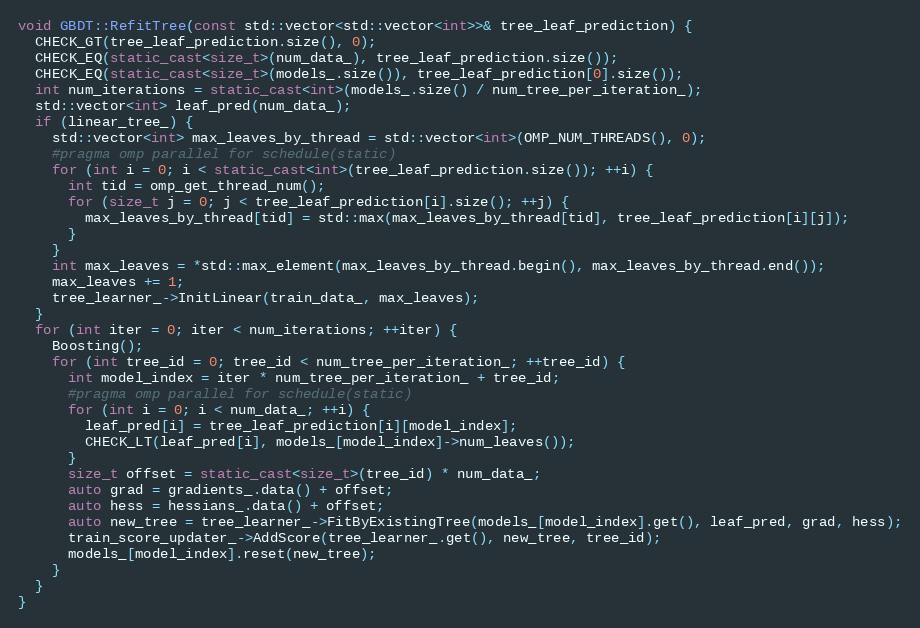
Language: C++
void GBDT::RefitTree(const std::vector<std::vector<int>>& tree_leaf_prediction) {
  CHECK_GT(tree_leaf_prediction.size(), 0);
  CHECK_EQ(static_cast<size_t>(num_data_), tree_leaf_prediction.size());
  CHECK_EQ(static_cast<size_t>(models_.size()), tree_leaf_prediction[0].size());
  int num_iterations = static_cast<int>(models_.size() / num_tree_per_iteration_);
  std::vector<int> leaf_pred(num_data_);
  if (linear_tree_) {
    std::vector<int> max_leaves_by_thread = std::vector<int>(OMP_NUM_THREADS(), 0);
    #pragma omp parallel for schedule(static)
    for (int i = 0; i < static_cast<int>(tree_leaf_prediction.size()); ++i) {
      int tid = omp_get_thread_num();
      for (size_t j = 0; j < tree_leaf_prediction[i].size(); ++j) {
        max_leaves_by_thread[tid] = std::max(max_leaves_by_thread[tid], tree_leaf_prediction[i][j]);
      }
    }
    int max_leaves = *std::max_element(max_leaves_by_thread.begin(), max_leaves_by_thread.end());
    max_leaves += 1;
    tree_learner_->InitLinear(train_data_, max_leaves);
  }
  for (int iter = 0; iter < num_iterations; ++iter) {
    Boosting();
    for (int tree_id = 0; tree_id < num_tree_per_iteration_; ++tree_id) {
      int model_index = iter * num_tree_per_iteration_ + tree_id;
      #pragma omp parallel for schedule(static)
      for (int i = 0; i < num_data_; ++i) {
        leaf_pred[i] = tree_leaf_prediction[i][model_index];
        CHECK_LT(leaf_pred[i], models_[model_index]->num_leaves());
      }
      size_t offset = static_cast<size_t>(tree_id) * num_data_;
      auto grad = gradients_.data() + offset;
      auto hess = hessians_.data() + offset;
      auto new_tree = tree_learner_->FitByExistingTree(models_[model_index].get(), leaf_pred, grad, hess);
      train_score_updater_->AddScore(tree_learner_.get(), new_tree, tree_id);
      models_[model_index].reset(new_tree);
    }
  }
}